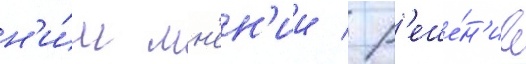
н'и́м мн'ен'ии / р'еше́н'ие